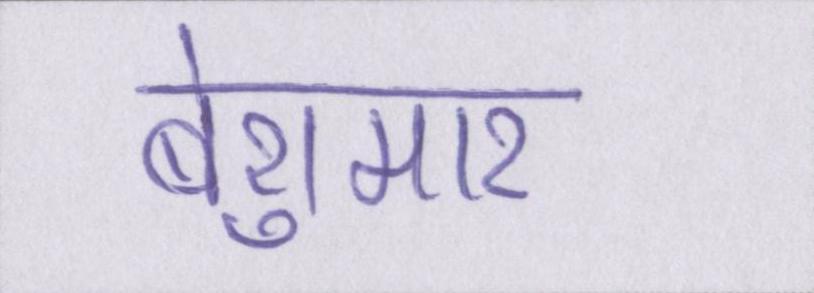
बेशुमार